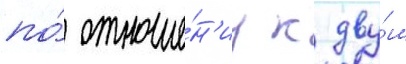
по́ отноше́н'иу к дву́м